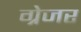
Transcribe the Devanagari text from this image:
ग्रेजर